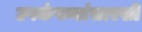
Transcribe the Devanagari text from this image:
उपकंपन्यांसारखी